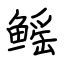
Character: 鳐